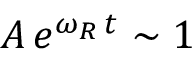
A \, e ^ { \omega _ { R } \, t } \sim 1